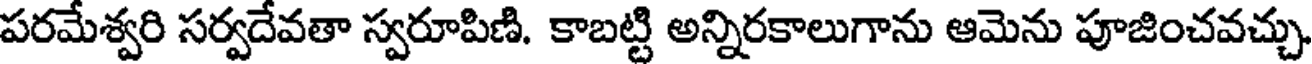
పరమేశ్వరి సర్వదేవతా స్వరూపిణి. కాబట్టి అన్నిరకాలుగాను ఆమెను పూజించవచ్చు